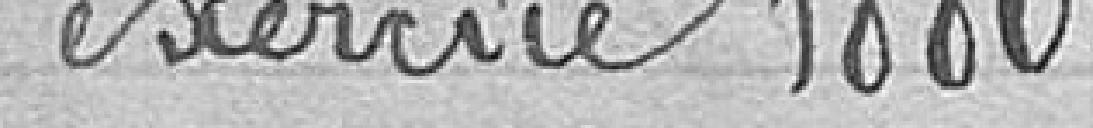
exercice 1880